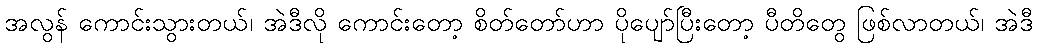
အလွန် ကောင်းသွားတယ်၊ အဲဒီလို ကောင်းတော့ စိတ်တော်ဟာ ပိုပျော်ပြီးတော့ ပီတိတွေ ဖြစ်လာတယ်၊ အဲဒီ